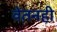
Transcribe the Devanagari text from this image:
वेतनही